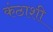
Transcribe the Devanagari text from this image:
कंठाशी